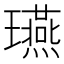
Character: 𤫇